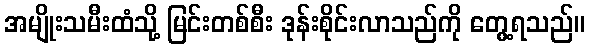
အမျိုးသမီးထံသို့ မြင်းတစ်စီး ဒုန်းစိုင်းလာသည်ကို တွေ့ရသည်။